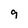
Character: 9